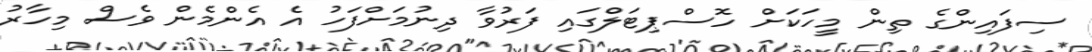
ސިފައިންގެ ތިން މީހަކަށް ހޮސްޕިޓަލްގައި ފަރުވާ ދިނުމަށްފަހު އެ އެންމެން ވެސް މިހާރު